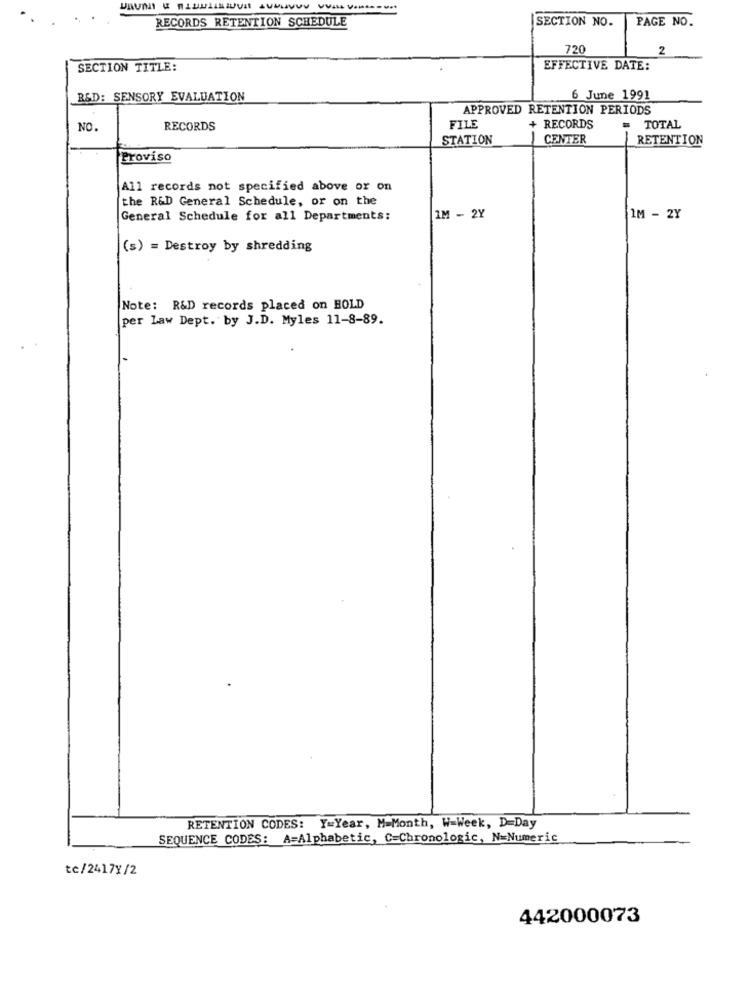
RECORDS RETENTION SCHEDULE
SECTION NO.
PAGE NO.
720
2
SECTION TITLE:
EFFECTIVE DATE:
R&D: SENSORY EVALUATION
6 June 1991
APPROVED RETENTION PERIODS
FILE
NO.
RECORDS
+ RECORDS
= TOTAL
STATION
CENTER
RETENTION
Proviso
All records not specified above or on
the R&D General Schedule, or on the
General Schedule for all Departments:
1M - 2Y
IM - 2Y
(s) = Destroy by shredding
Note: R&D records placed on HOLD
per Law Dept. by J.D. Myles 11-8-89.
RETENTION CODES: Y=Year, M=Month, W-Week, D-Day
SEQUENCE CODES: A=Alphabetic, C=Chronologic, N=Numeric
te/2417Y/2
442000073